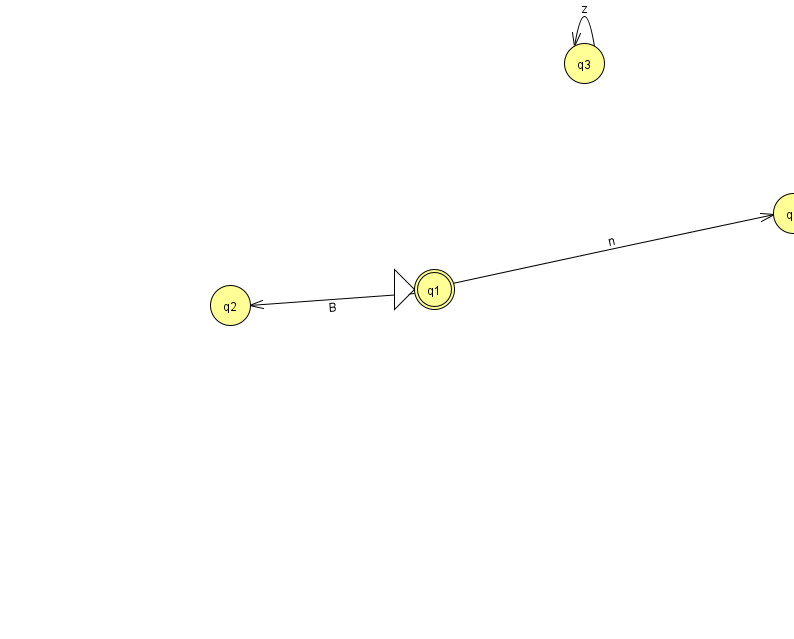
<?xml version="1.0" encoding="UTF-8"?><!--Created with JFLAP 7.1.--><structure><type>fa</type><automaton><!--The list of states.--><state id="0" name="q0"><x>793.0</x><y>200.0</y></state><state id="1" name="q1"><x>434.0</x><y>276.0</y><initial/><final/></state><state id="2" name="q2"><x>230.0</x><y>292.0</y></state><state id="3" name="q3"><x>584.0</x><y>50.0</y></state><!--The list of transitions.--><transition><from>1</from><to>0</to><read>n</read></transition><transition><from>1</from><to>2</to><read>B</read></transition><transition><from>3</from><to>3</to><read>z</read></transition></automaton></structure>